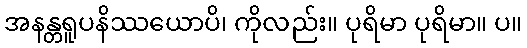
အနန္တရူပနိဿယောပိ၊ ကိုလည်း။ ပုရိမာ ပုရိမာ။ ပ။